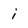
Character: i